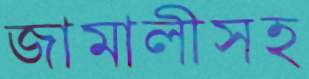
জামালীসহ